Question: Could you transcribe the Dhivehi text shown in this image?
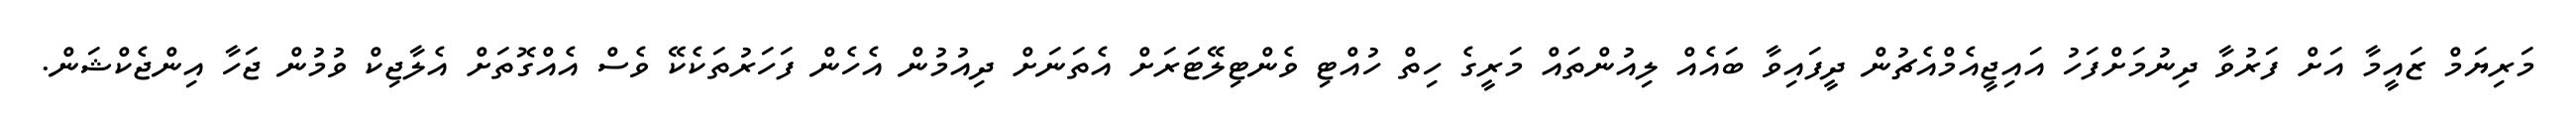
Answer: މަރިޔަމް ޒައީމާ އަށް ފަރުވާ ދިނުމަށްފަހު އައިޖީއެމްއެޗުން ދީފައިވާ ބައެއް ލިއުންތައް މަރީގެ ހިތް ހުއްޓި ވެންޓިލޭޓަރަށް އެތަނަށް ދިއުމުން އެހެން ފަހަރުތަކެކޭ ވެސް އެއްގޮތަށް އެލާޖިކް ވުމުން ޖަހާ އިންޖެކްޝަން.